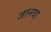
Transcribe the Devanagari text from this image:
जानवा